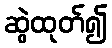
ဆွဲထုတ်၍